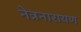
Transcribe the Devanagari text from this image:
नेत्रनारायण